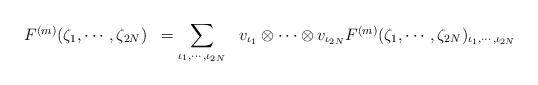
\begin{align*}\begin{array}{rcl}F^{(m)}(\zeta _1 , \cdots , \zeta _{2N})& =\displaystyle\sum_{\iota _1 , \cdots , \iota _{2N}}& v_{\iota _1 } \otimes \cdots \otimes v_{\iota _{2N}}F^{(m)}(\zeta _1 , \cdots , \zeta _{2N})_{\iota _1 , \cdots , \iota _{2N}}\end{array}\end{align*}